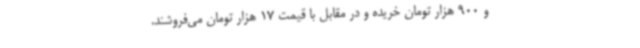
و 900 هزار تومان خریده و در مقابل با قیمت 17 هزار تومان می‌فروشند.